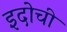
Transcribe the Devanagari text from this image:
इदोची